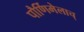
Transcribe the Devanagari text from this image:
पौर्णिमेलाच्